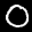
Label: 0